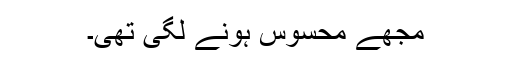
مجھے محسوس ہونے لگی تھی۔